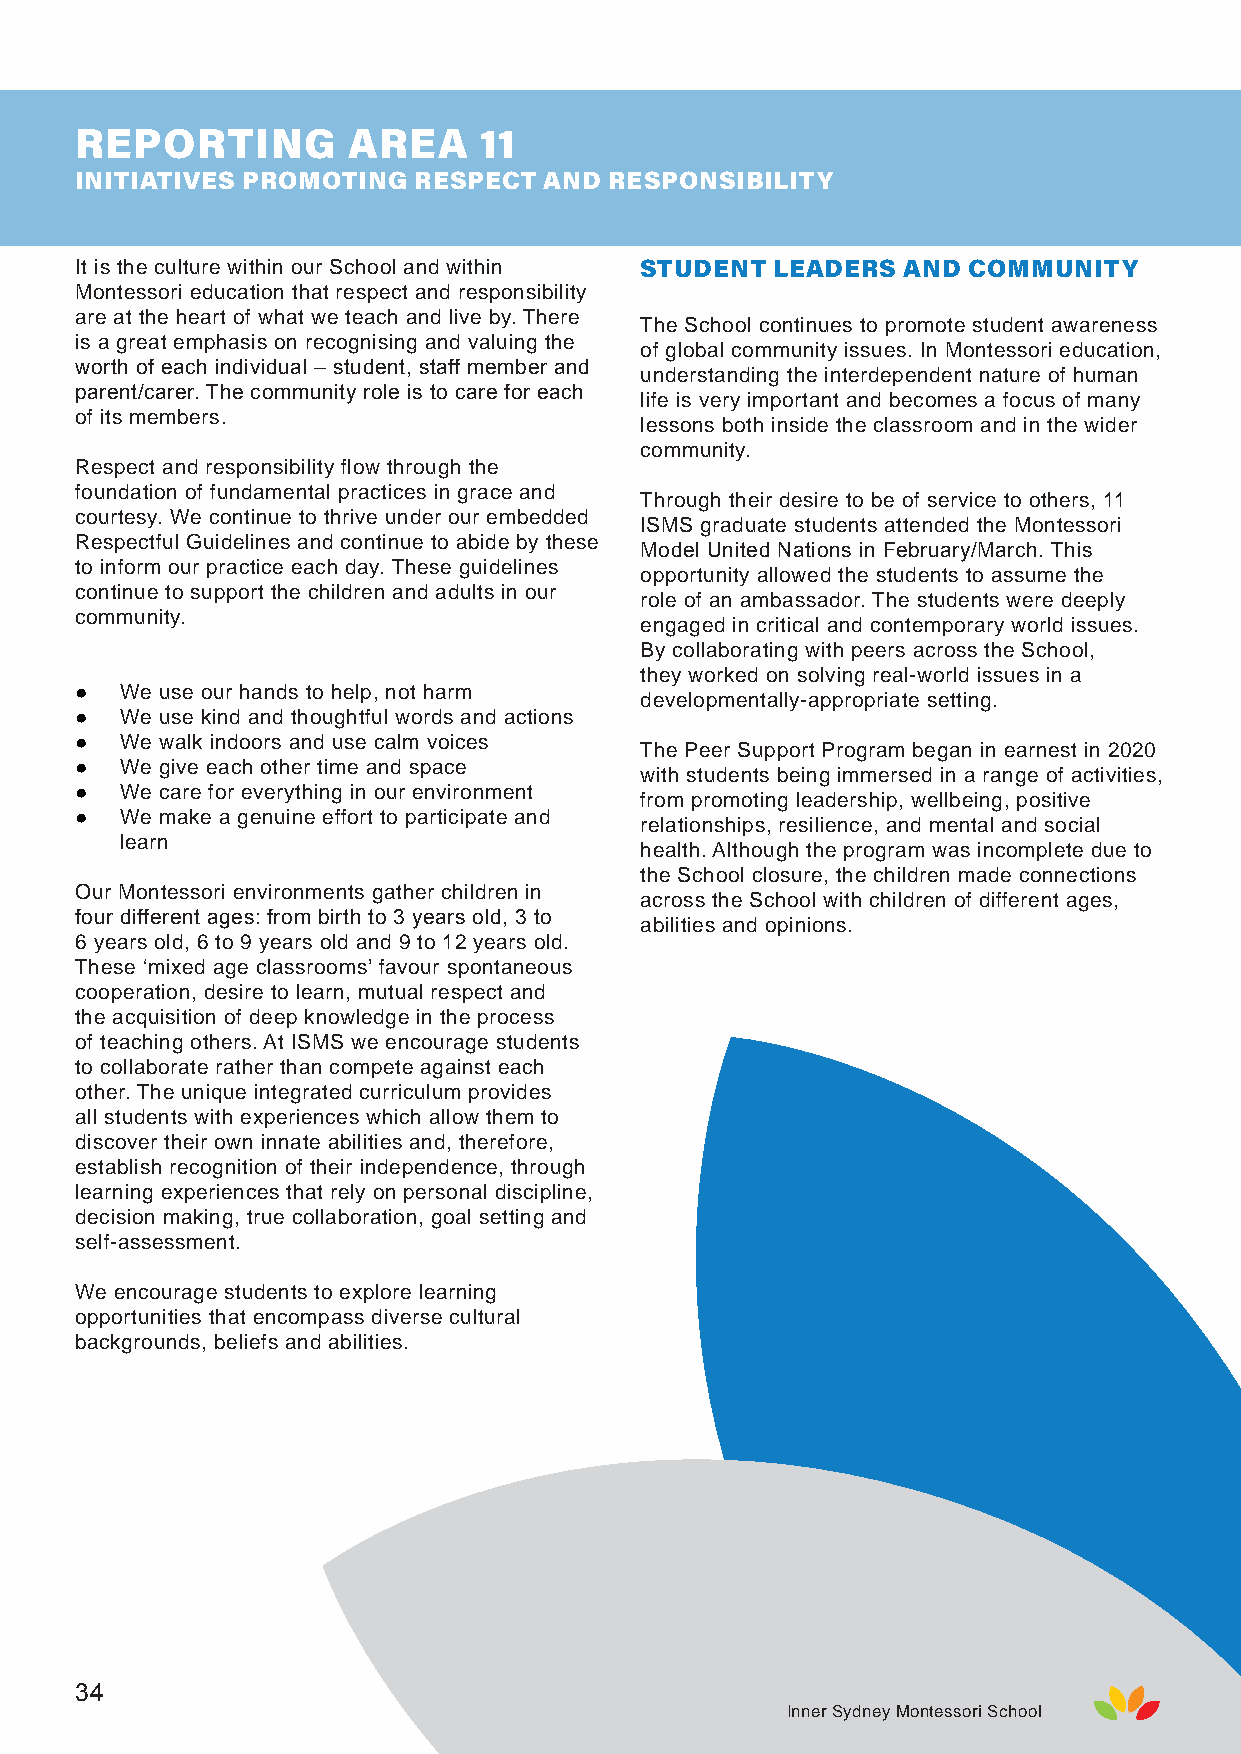
REPORTING         AREA     11
 INITIATIVES PROMOTING RESPECT  AND RESPONSIBILITY
 It is the culture within our School and within STUDENT LEADERS AND COMMUNITY
 Montessori education that respect and responsibility
 are at the heart of what we teach and live by. There
 The School continues to promote student awareness
 is a great emphasis on recognising and valuing the
 of global community issues. In Montessori education,
 worth of each individual – student, staff member and
 understanding the interdependent nature of human
 parent/carer. The community role is to care for each
 life is very important and becomes a focus of many
 of its members.
 lessons both inside the classroom and in the wider
 community.
 Respect and responsibility flow through the
 foundation of fundamental practices in grace and
 Through their desire to be of service to others, 11
 courtesy. We continue to thrive under our embedded
 ISMS graduate students attended the Montessori
 Respectful Guidelines and continue to abide by these
 Model United Nations in February/March. This
 to inform our practice each day. These guidelines
 opportunity allowed the students to assume the
 continue to support the children and adults in our
 role of an ambassador. The students were deeply
 community.
 engaged in critical and contemporary world issues.
 By collaborating with peers across the School,
 they worked on solving real-world issues in a
 ●  We use our hands to help, not harm
 developmentally-appropriate setting.
 ●  We use kind and thoughtful words and actions
 ●  We walk indoors and use calm voices
 The Peer Support Program began in earnest in 2020
 ●  We give each other time and space
 with students being immersed in a range of activities,
 ●  We care for everything in our environment
 from promoting leadership, wellbeing, positive
 ●  We make a genuine effort to participate and
 relationships, resilience, and mental and social
 learn
 health. Although the program was incomplete due to
 the School closure, the children made connections
 Our Montessori environments gather children in
 across the School with children of different ages,
 four different ages: from birth to 3 years old, 3 to
 abilities and opinions.
 6 years old, 6 to 9 years old and 9 to 12 years old.
 These ‘mixed age classrooms’ favour spontaneous
 cooperation, desire to learn, mutual respect and
 the acquisition of deep knowledge in the process
 of teaching others. At ISMS we encourage students
 to collaborate rather than compete against each
 other. The unique integrated curriculum provides
 all students with experiences which allow them to
 discover their own innate abilities and, therefore,
 establish recognition of their independence, through
 learning experiences that rely on personal discipline,
 decision making, true collaboration, goal setting and
 self-assessment.
 We encourage students to explore learning
 opportunities that encompass diverse cultural
 backgrounds, beliefs and abilities.
 34
 Inner Sydney Montessori School